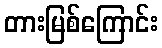
တားမြစ်ကြောင်း